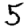
Digit: 5